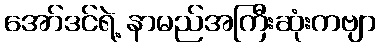
အော်ဒင်ရဲ့ နာမည်အကြီးဆုံးကဗျာ